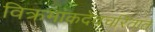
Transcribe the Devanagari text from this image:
विक्रमांकदेवचरितात